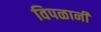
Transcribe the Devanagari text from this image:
विपळानी